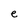
Character: e